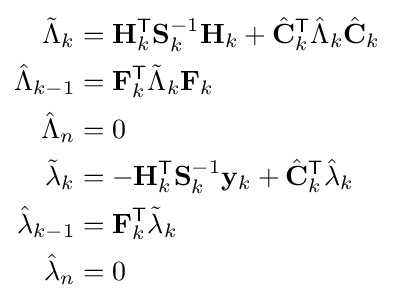
{\begin{aligned}{\tilde {\Lambda }}_{k}&=\mathbf {H} _{k}^{\textsf {T}}\mathbf {S} _{k}^{-1}\mathbf {H} _{k}+{\hat {\mathbf {C} }}_{k}^{\textsf {T}}{\hat {\Lambda }}_{k}{\hat {\mathbf {C} }}_{k}\\{\hat {\Lambda }}_{k-1}&=\mathbf {F} _{k}^{\textsf {T}}{\tilde {\Lambda }}_{k}\mathbf {F} _{k}\\{\hat {\Lambda }}_{n}&=0\\{\tilde {\lambda }}_{k}&=-\mathbf {H} _{k}^{\textsf {T}}\mathbf {S} _{k}^{-1}\mathbf {y} _{k}+{\hat {\mathbf {C} }}_{k}^{\textsf {T}}{\hat {\lambda }}_{k}\\{\hat {\lambda }}_{k-1}&=\mathbf {F} _{k}^{\textsf {T}}{\tilde {\lambda }}_{k}\\{\hat {\lambda }}_{n}&=0\end{aligned}}